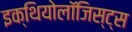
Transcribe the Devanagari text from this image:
इक्थियोलॉजिस्ट्स